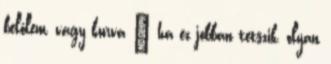
belőlem, vagy kurva – ha ez jobban tetszik, olyan